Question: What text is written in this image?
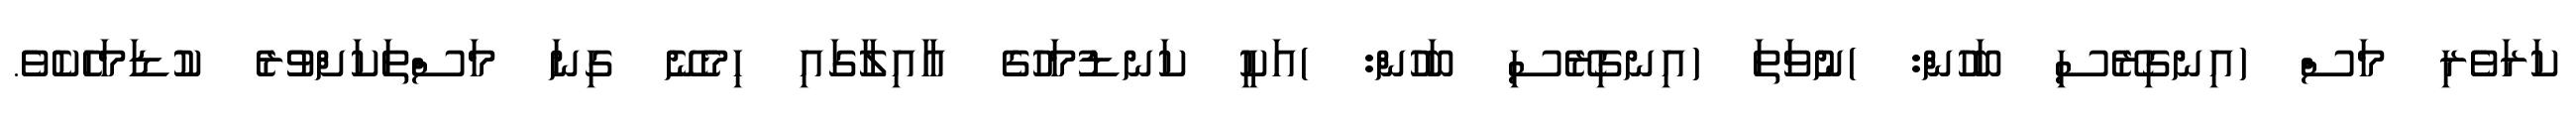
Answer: ކަރަވެރި މަސް (އިނގިރޭސި ބަހުން: )ނުވަތަ (އިނގިރޭސި ބަހުން: )އަކީ ކަނޑުމަހުގެ އާއިލާގައި ހިމެނޭ ގިނަ މަސްތަކަށްވުރެ ކުޑަމަހެކެވެ.